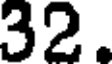
32.